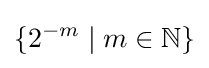
\{2^{-m}\mid m\in \mathbb {N} \}